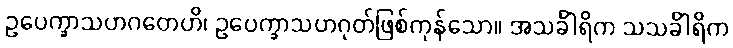
ဥပေက္ခာသဟဂတေဟိ၊ ဥပေက္ခာသဟဂုတ်ဖြစ်ကုန်သော။ အသင်္ခါရိက သသင်္ခါရိက